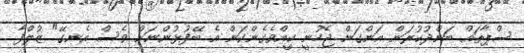
ސްޕާތައް ބަންދުކުރަން އަންގަން ޖެހުނީ ކީއްވެގެންކަން އެ ބޭފުޅުންނަށް ވެސް އެނގޭ" ޒުލްފާ